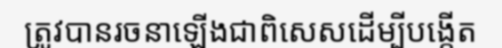
ត្រូវបានរចនាឡើងជាពិសេសដើម្បីបង្កើត